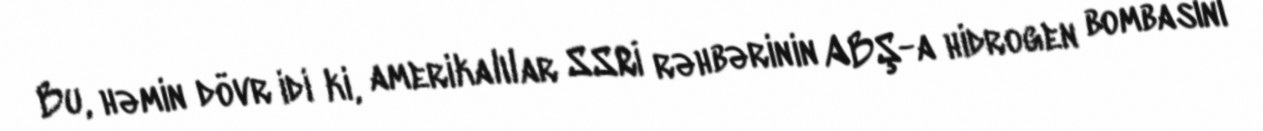
Bu, həmin dövr idi ki, amerikalılar SSRİ rəhbərinin ABŞ-a hidrogen bombasını